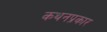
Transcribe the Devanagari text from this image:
कथनप्रकार